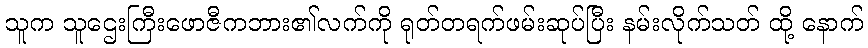
သူက သူဌေးကြီးဖောဇီကဘား၏လက်ကို ရုတ်တရက်ဖမ်းဆုပ်ပြီး နမ်းလိုက်သတ် ထို့ နောက်